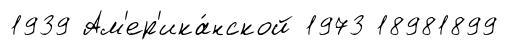
1939 Ам'ер'ика́нской 1973 18981899